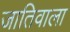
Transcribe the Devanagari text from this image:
जातिवाला